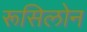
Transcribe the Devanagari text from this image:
रूसिलोन